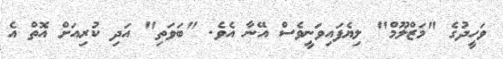
ވަހީދުގެ "މަޒްލޫމް" ލިޔެފައިވަނީވެސް އޭނާ އެވެ. "ބަވަތި" އަދި ކުރިއަށް އޮތް އެ